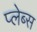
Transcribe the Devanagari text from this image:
प्लेब्स